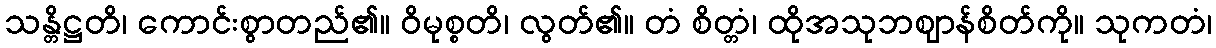
သန္တိဋ္ဌတိ၊ ကောင်းစွာတည်၏။ ဝိမုစ္စတိ၊ လွတ်၏။ တံ စိတ္တံ၊ ထိုအသုဘဈာန်စိတ်ကို။ သုကတံ၊